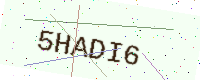
Text: 5HADI6